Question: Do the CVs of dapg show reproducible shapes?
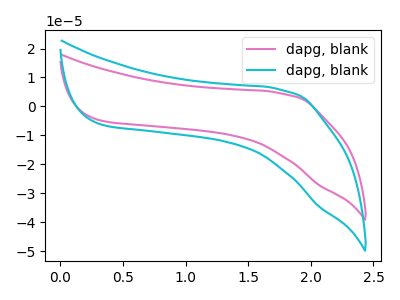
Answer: <think>The pink curve "dapg, blank1" has no peaks. The cyan curve "dapg, blank2" has no peaks.
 Neither "dapg, blank1" or "dapg, blank2" have any peaks.</think>
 <answer>All the CV's of "dapg" have similar shape.</answer>
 <eval>follow_rule</eval>